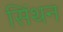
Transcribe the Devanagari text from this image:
सिंथन